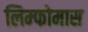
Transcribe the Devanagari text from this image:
लिम्‍फोमास